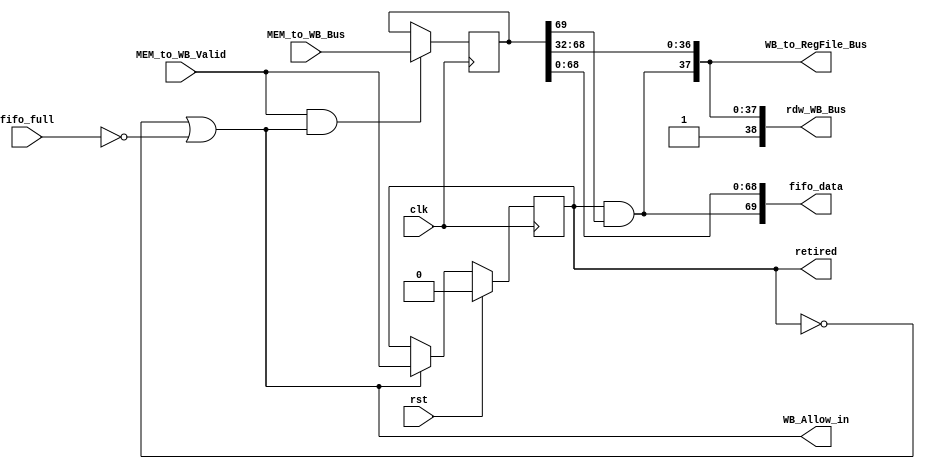
`define MEM_TO_WB_BUS_WD 70
`define WB_TO_RF_BUS_WD  38
`define RDW_BUS_WD       39

module WB_State(
        input                            clk,
        input                            rst,
        input                            fifo_full,
        //Allow_in
        output                           WB_Allow_in,
        //from MEM
        input                            MEM_to_WB_Valid,
        input  [`MEM_TO_WB_BUS_WD - 1:0] MEM_to_WB_Bus,
        //to rf
        output [`WB_TO_RF_BUS_WD - 1 :0] WB_to_RegFile_Bus,
        //rdw to id
        output [`RDW_BUS_WD - 1      :0] rdw_WB_Bus,
        //to fifo
        output                           retired,
        output [69                   :0] fifo_data
);

//
        //HandShake Signals
        reg  WB_Valid;
        wire WB_Ready;
        reg  [`MEM_TO_WB_BUS_WD - 1:0] MEM_to_WB_Bus_reg;

        //Other Signals from EMEM
        wire            WB_wen;
        wire [4:0]      RF_waddr;
        wire [31:0]     final_result;
        wire [31:0]     PC;
        
        //Reg_File
        wire            RF_wen;
        wire [31:0]     RF_wdata;



//
        //WB_Valid
        always @(posedge clk) begin
                if(rst) begin
                        WB_Valid <= 1'b0;
                end
                else if(WB_Allow_in)begin
                        WB_Valid <= MEM_to_WB_Valid;
                end
        end


        //MEM_to_WB_Bus_reg
        always @(posedge clk) begin
                if(MEM_to_WB_Valid & WB_Allow_in) begin
                        MEM_to_WB_Bus_reg <= MEM_to_WB_Bus;
                end
        end



//
        //DataPath (MEM --> WB)
        assign {WB_wen,
                RF_waddr,
                final_result,
                PC
                } = MEM_to_WB_Bus_reg;


        //DataPath (WB --> ID)
        assign rdw_WB_Bus =   { 1'b1,           //38:38
                                RF_wen,         //37:37
                                RF_waddr,       //36:2
                                final_result    //31:0
                                };
        

        //HandShake Signals
        assign WB_Ready = ~fifo_full;
        assign WB_Allow_in  = !WB_Valid || WB_Ready;


        //RF_Write
        assign RF_wen   = WB_Valid & WB_wen;
        assign RF_wdata = final_result;
        

        //DataPath (WB --> RF)
        assign WB_to_RegFile_Bus = {RF_wen,     //37:37
                                    RF_waddr,   //36:32
                                    RF_wdata    //31:0
                                    };


        //FIFO
        assign retired   = WB_Valid;
        assign fifo_data = {RF_wen,             //69:69
                            RF_waddr,           //68:64
                            final_result,       //63:32
                            PC                  //31:0
                            };
        
endmodule